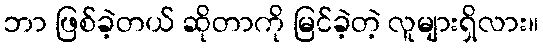
ဘာ ဖြစ်ခဲ့တယ် ဆိုတာကို မြင်ခဲ့တဲ့ လူများရှိလား။